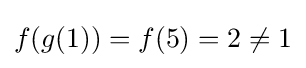
f(g(1))=f(5)=2\neq 1